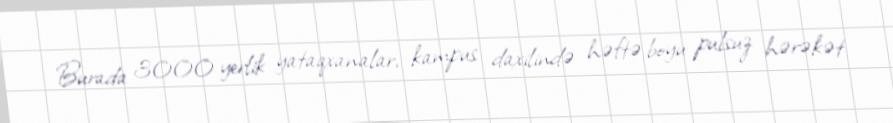
Burada 3000 yerlik yataqxanalar, kampus daxilində həftə boyu pulsuz hərəkət